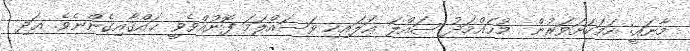
މާނައީ: ހަމަކަށަވަރުން  މުޙައްމަދު ޞައްލަ ޢަލައިހި ވަސައްލަމަ ފޮނުއްވެވީ ޙައްޤާއިގެންނެވެ. އަދި